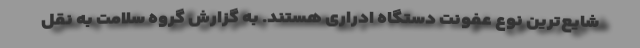
شایع‌ترین نوع عفونت دستگاه ادراری هستند. به گزارش گروه سلامت به نقل